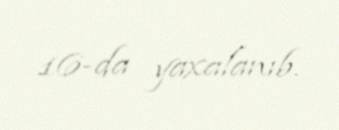
16-da yaxalanıb.